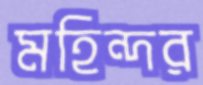
মহিন্দর